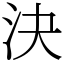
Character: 決